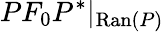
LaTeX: PF_{0}P^{*}|_{\mathrm{Ran}(P)}